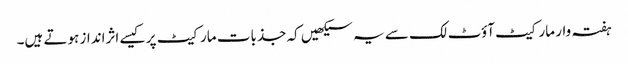
ہفتہ وار مارکیٹ آؤٹ لک سے یہ سیکھیں کہ جذبات مارکیٹ پر کیسے اثرانداز ہوتے ہیں۔